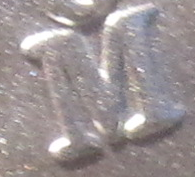
M